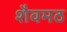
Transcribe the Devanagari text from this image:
शैवमठ